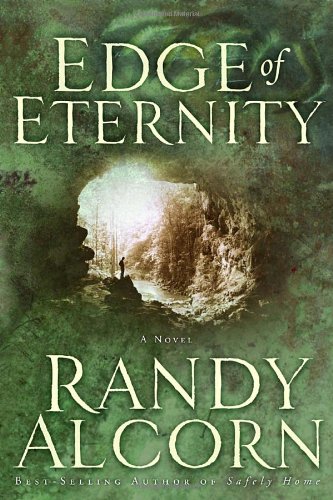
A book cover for Edge of Eternity; Randy Alcorn; Christian Books & Bibles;